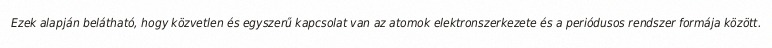
Ezek alapján belátható, hogy közvetlen és egyszerű kapcsolat van az atomok elektronszerkezete és a periódusos rendszer formája között.